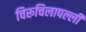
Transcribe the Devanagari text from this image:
चिरूचिलापल्ली